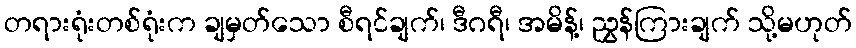
တရားရုံးတစ်ရုံးက ချမှတ်သော စီရင်ချက်၊ ဒီဂရီ၊ အမိန့်၊ ညွှန်ကြားချက် သို့မဟုတ်